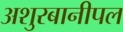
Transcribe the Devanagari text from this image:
अशुरबानीपल